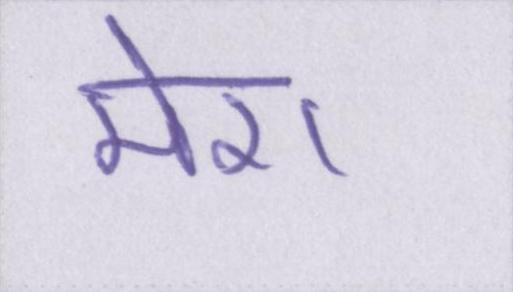
मेरा